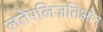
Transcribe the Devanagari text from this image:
लतेरलिज़तिओन